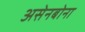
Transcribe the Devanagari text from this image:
असेनबोना